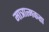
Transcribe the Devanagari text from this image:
मात्रात्मकता